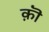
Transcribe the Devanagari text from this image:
क़ॊ